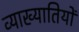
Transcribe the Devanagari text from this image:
व्याख्यातियों